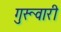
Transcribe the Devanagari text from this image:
गुरूवारी